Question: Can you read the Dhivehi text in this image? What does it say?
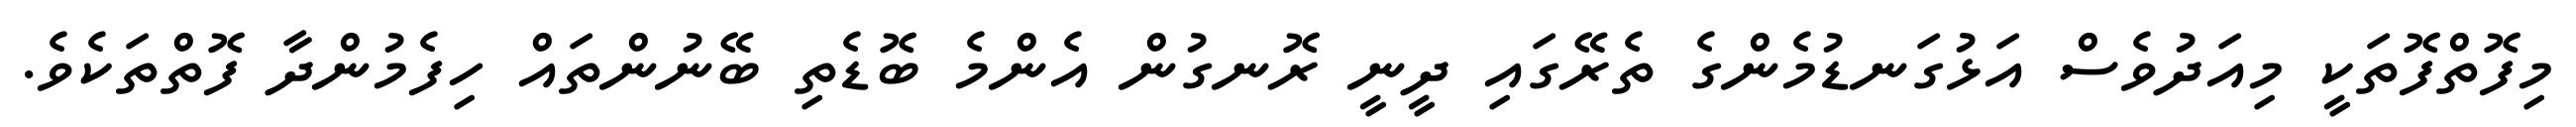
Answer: މިފޮތްފޮތަކީ މިއަދުވެސް އަޅުގަނޑުމެންގެ ތެރޭގައި ދީނީ ރޮނގުން އެންމެ ބޮޑެތި ބޭނުންތައް ހިފެމުންދާ ފޮތްތަކެވެ.